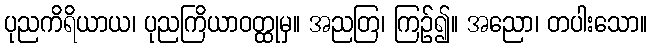
ပုညကိရိယာယ၊ ပုညကြိယာဝတ္ထုမှ။ အညတြ၊ ကြဉ်၍။ အညော၊ တပါးသော။